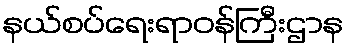
နယ်စပ်ရေးရာဝန်ကြီးဌာန